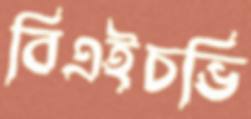
বিএইচভি